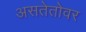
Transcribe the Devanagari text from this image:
असतेतोवर